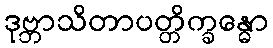
ဒုဗ္ဘာသိတာပတ္တိက္ခန္ဓော